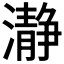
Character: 瀞